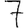
Digit: 7